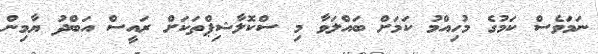
ނަމަވެސް ކަމުގެ މުހިއްމު ކަމަށް ބައްލަވާ މި ސްކޮލާޝިޕްތަކަށް ރައީސް އަބްދު ޔާމިން